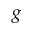
g